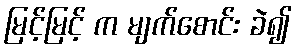
မြင့်မြင့် က မျက်စောင်း ခဲ၍